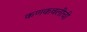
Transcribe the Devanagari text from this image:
कणकवलीची